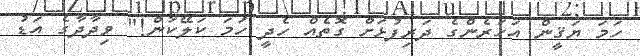
ހަމަ ޔަޤީން އަހަރެންގެ ދަރިފުޅަށް ގޮތެއް ހެދީ ހަމަ ކަލޭކަން!" ވިދާދާގެ އަޑު